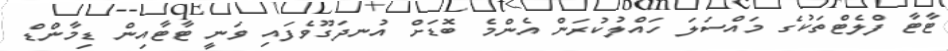
ޓާޓާ ފްލެޓްތަކުގެ މައްސަލަ ހައްލުކުރަން އެންމެ ބޮޑަށް އުނދަގޫވެފައި ވަނީ ޓާޓާއިން ޑިމާންޑް